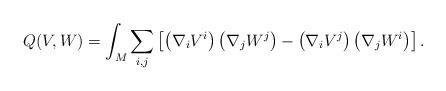
LaTeX: \begin{align*} Q(V,W) = \int_M \sum_{i,j} \left[ \left( \nabla_i V^i \right) \left( \nabla_j W^j \right) -\left( \nabla_i V^j \right) \left( \nabla_j W^i \right) \right]. \end{align*}